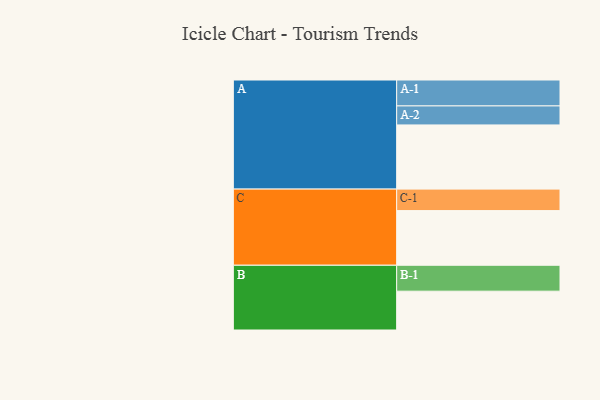
{"axis": {"x": "Segment", "y": "Value"}, "legend": ["", "A", "B", "C"], "data": [{"x": "A", "y": 567, "type": ""}, {"x": "B", "y": 343, "type": ""}, {"x": "C", "y": 483, "type": ""}, {"x": "A-1", "y": 229, "type": "A"}, {"x": "A-2", "y": 168, "type": "A"}, {"x": "B-1", "y": 229, "type": "B"}, {"x": "C-1", "y": 190, "type": "C"}]}